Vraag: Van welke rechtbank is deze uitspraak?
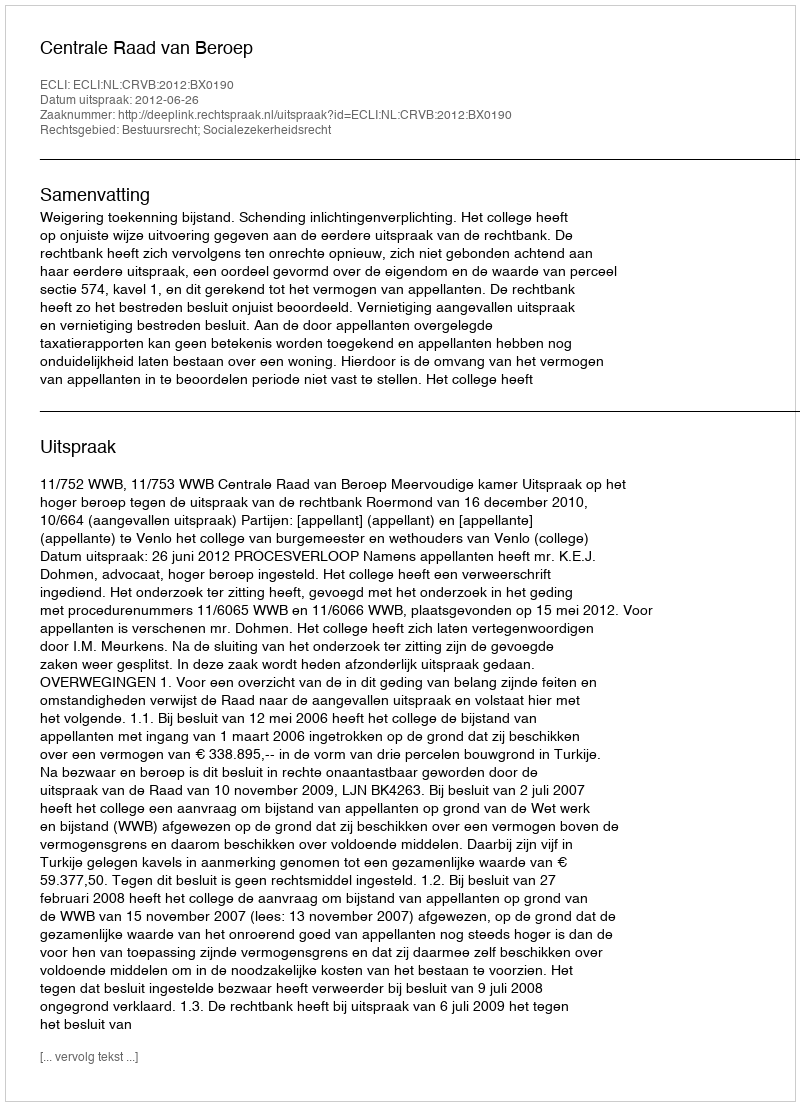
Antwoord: Centrale Raad van Beroep